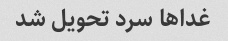
غداها سرد تحویل شد